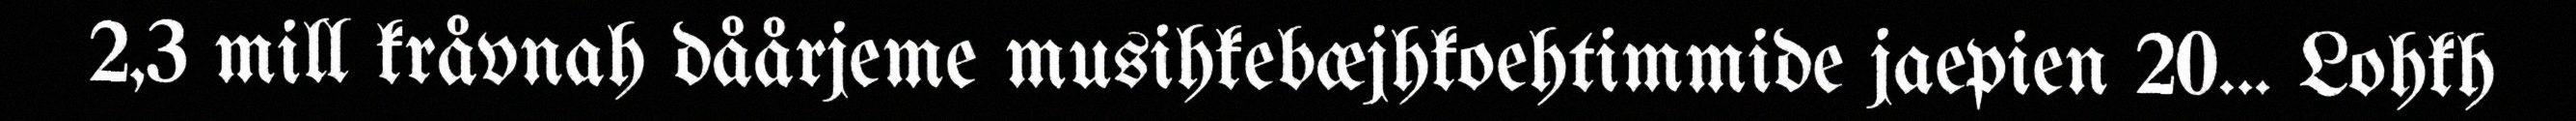
2,3 mill kråvnah dåårjeme musihkebæjhkoehtimmide jaepien 20... Lohkh